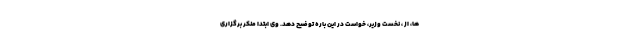
ها، از ، نخست وزیر، خواست در این باره توضیح دهد. وی ابتدا منکر برگزاری